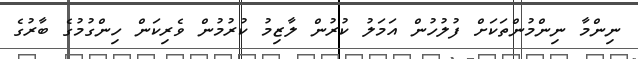
ނިންމާ ނިންމުންތަކަށް ފުލުހުން އަމަލު ކުރުން ލާޒިމު ކުރުމުން ވެރިކަން ހިންގުމުގެ ބާރުގެ